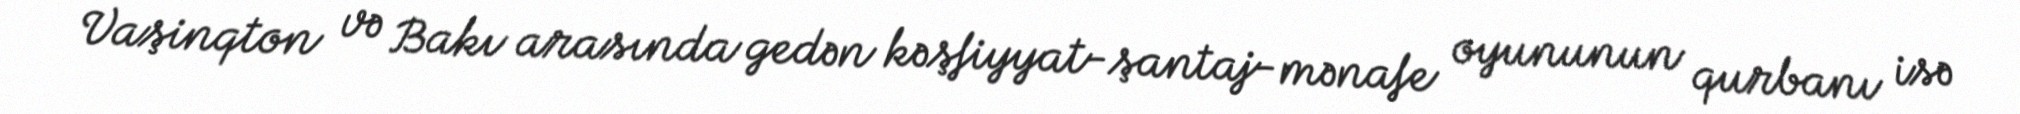
Vaşinqton və Bakı arasında gedən kəşfiyyat-şantaj-mənafe oyununun qurbanı isə